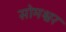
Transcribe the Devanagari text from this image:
सोमश्वर